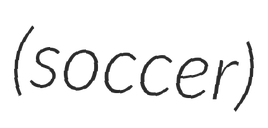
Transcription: (soccer)